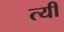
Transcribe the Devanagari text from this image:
त्यी